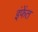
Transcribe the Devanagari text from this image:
इंफेंत